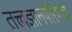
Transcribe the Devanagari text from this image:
तत्त्वज्ञानपरिषदा